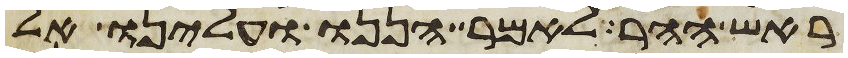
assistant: ראש ההר לאמר הננו ועלינו אל